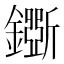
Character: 𨮕